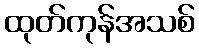
ထုတ်ကုန်အသစ်